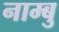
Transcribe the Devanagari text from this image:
नाम्बु